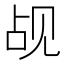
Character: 觇